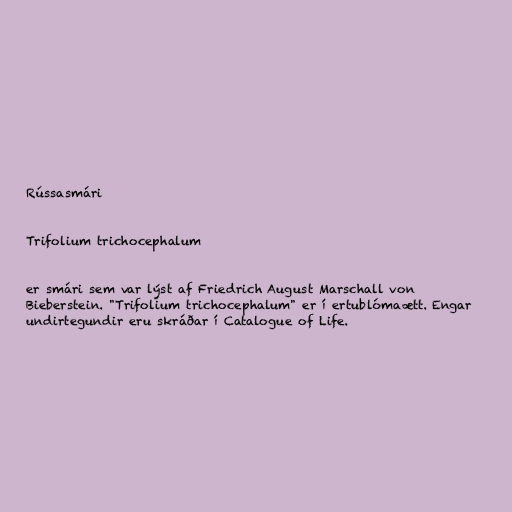
Rússasmári

Trifolium trichocephalum

er smári sem var lýst af Friedrich August Marschall von
Bieberstein. "Trifolium trichocephalum" er í ertublómaætt. Engar
undirtegundir eru skráðar í Catalogue of Life.